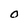
Character: O